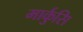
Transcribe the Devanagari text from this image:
मार्कुसि